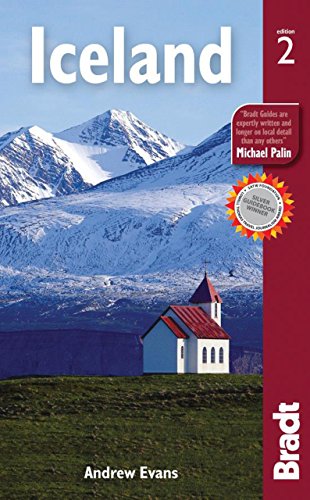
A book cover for Iceland, 2nd (Bradt Travel Guide Iceland); Andrew Evans; Travel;